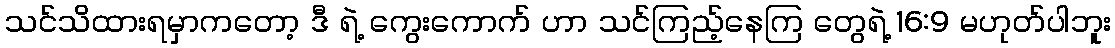
သင်သိထားရမှာကတော့ ဒီ ရဲ့ ကွေးကောက် ဟာ သင်ကြည့်နေကြ တွေရဲ့ 16:9 မဟုတ်ပါဘူး